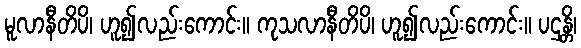
မူလာနီတိပိ၊ ဟူ၍လည်းကောင်း။ ကုသလာနီတိပိ၊ ဟူ၍လည်းကောင်း။ ပဌန္တိ၊